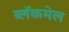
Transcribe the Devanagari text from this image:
ब्लॅकमेल